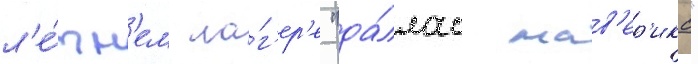
л'е́тн'ем ла́г'ер'е "да́ллас мав'ер'икс"